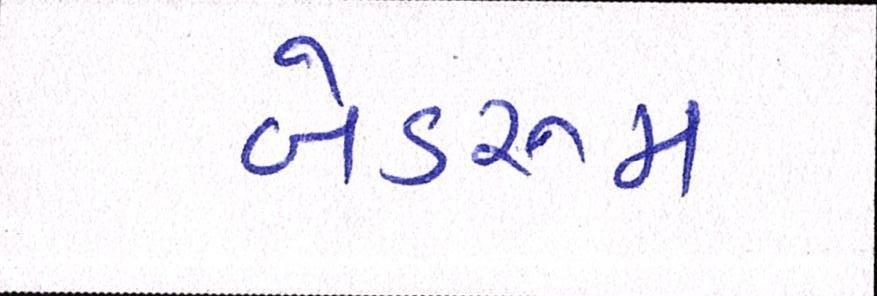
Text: બેડરૂમ